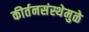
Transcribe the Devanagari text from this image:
कीर्तनसंस्थेमुळे